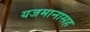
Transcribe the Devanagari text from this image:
यजमानासह